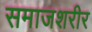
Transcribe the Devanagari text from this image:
समाजशरीर